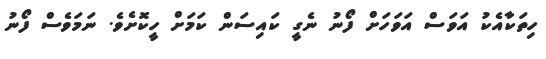
ހިތަކާއެކު އަވަސް އަވަހަށް ފޯނު ނެގީ ކައިސަން ކަމަށް ހީކޮށެވެެ. ނަމަވެސް ފޯނު